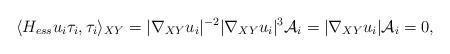
LaTeX: \begin{align*}\langle H_{ess} u_i\tau_i,\tau_i \rangle_{XY} = |\nabla_{XY} u_i|^{-2} |\nabla_{XY} u_i|^{3} \mathcal A_i = |\nabla_{XY} u_i| \mathcal A_i =0,\end{align*}